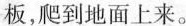
板，爬到地面上来。